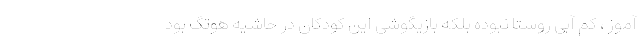
آموز ، کم آبی روستا نبوده بلکه بازیگوشی این کودکان در حاشیه هوتگ بود